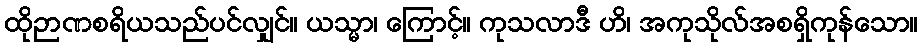
ထိုဉာဏစရိယသည်ပင်လျှင်။ ယသ္မာ၊ ကြောင့်။ ကုသလာဒီ ဟိ၊ အကုသိုလ်အစရှိကုန်သော။